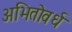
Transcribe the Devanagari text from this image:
अभितोवर्ध